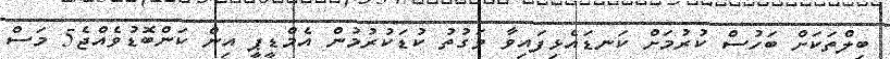
ބިލްތަކަށް ބަހުސް ކުރުމަށް ކަނޑައެޅިފައިވާ ވަގުތު ކުޑަކުރުމުން އެމްޑީޕީ އިން ކަންބޮޑުވެއްޖެ5 މަސް